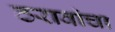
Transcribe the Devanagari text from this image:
ठरावांचा